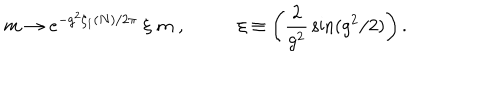
LaTeX: m \rightarrow e ^ { - g ^ { 2 } \zeta _ { 1 } ( N ) / 2 \pi } \; \xi \; m \; , \; \xi \equiv \left( \frac 2 { g ^ { 2 } } \, \sin ( g ^ { 2 } / 2 ) \right) .